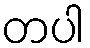
တပါ